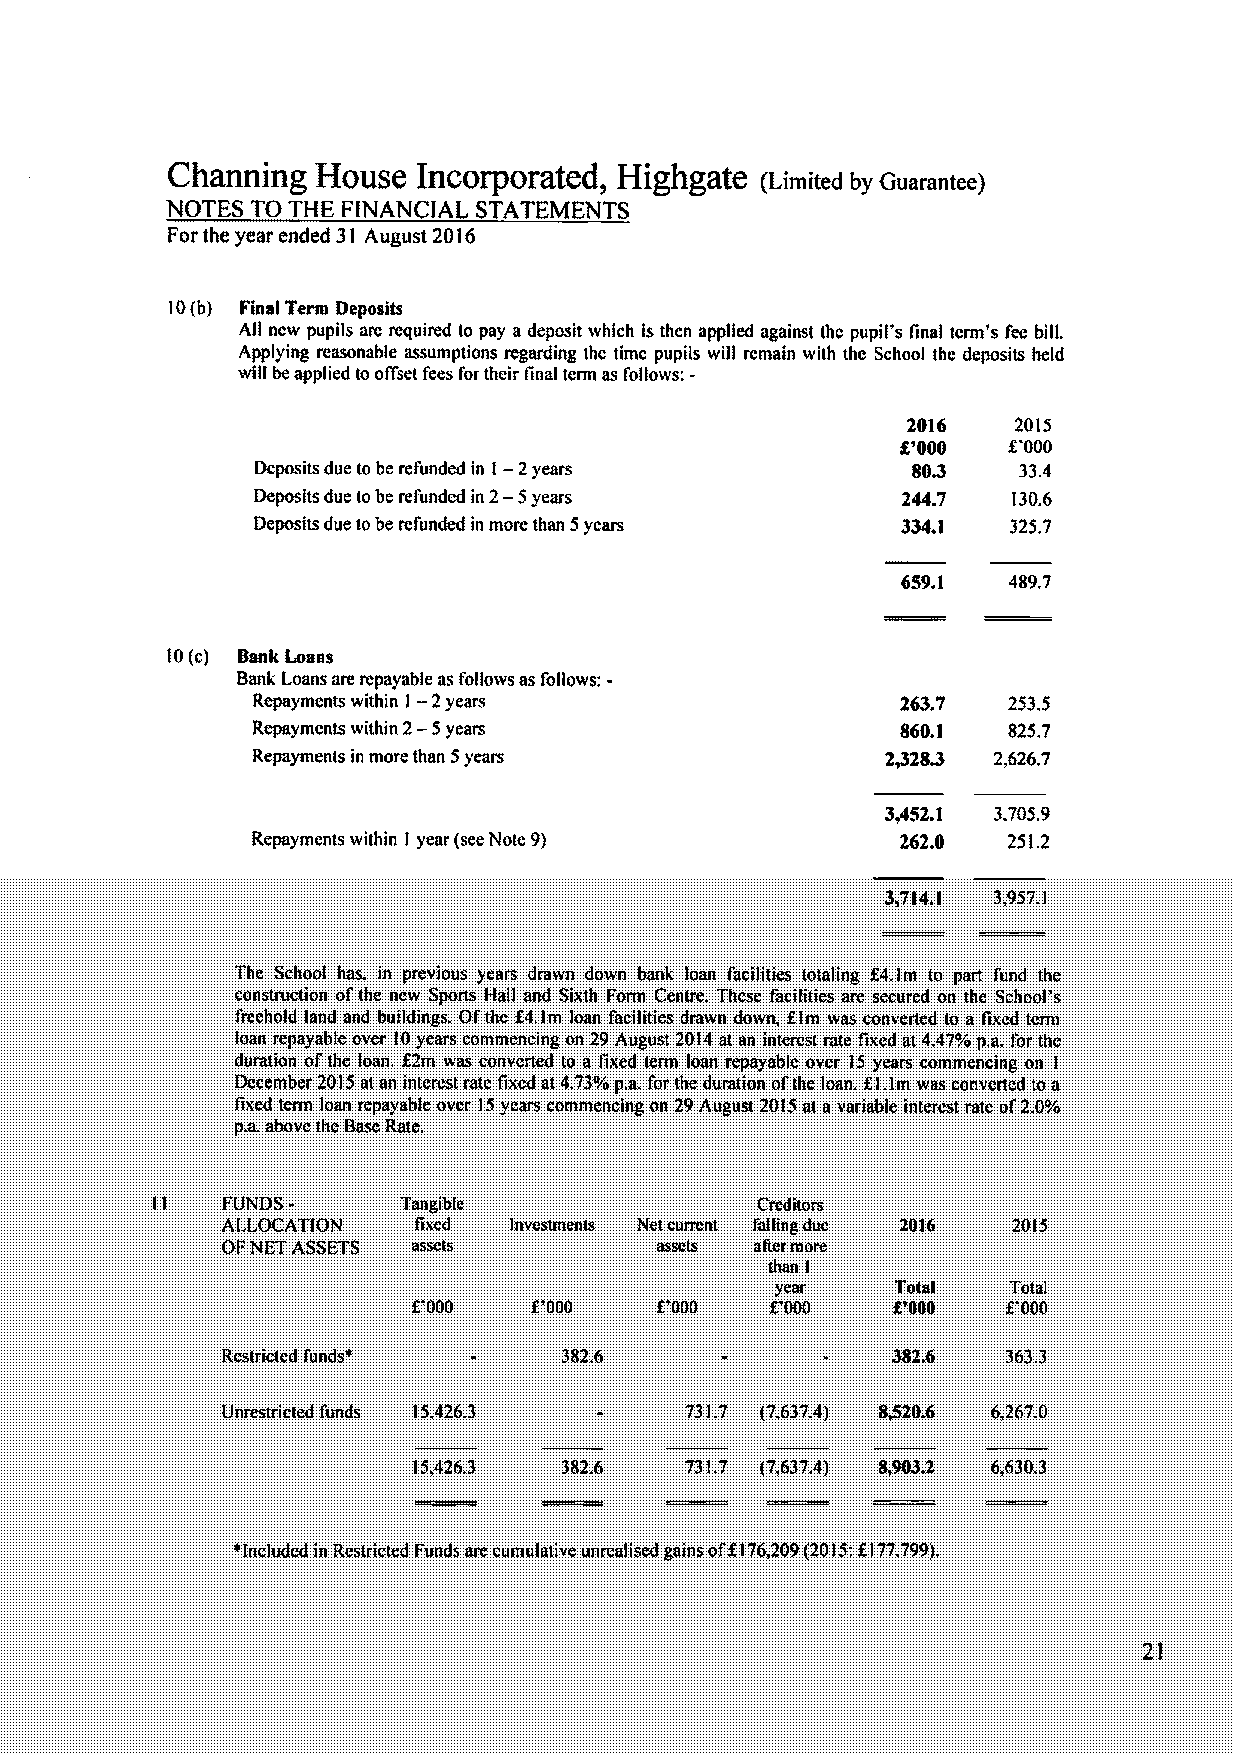
C4almlIlg HOUSC  IIlCOFpOrRtCd, HlgIlgatC (Linttted by Guarantee)
 NOTES TO THE F/NANCIAL STATEMENTS
 Pot' the year ertded 31 August 2Q16
 10{b) Final Term Deposits
 AII new pupils are required to pay a deposit which isthen applied against thc pupil's Anal terra's fee bill.
 Applying reasonable assumptions regarding thc time pupils wIII remain with the School the deposits beld
 wIII beappt ied tooffset fees for their ImaI term asfollows:-
 2Dl6   2015
 g'DDD  C000
 -2
 Deposits due tobe refunded in I years      802    33.4
 2-
 Deposits due tobe refunded in 5years       244.7  130.6
 Deposits due tobe refunded in more than 5years 3343 325,7
 659,t
 10(c) Sank Loans
 Bank Loans are repayable as foHows asfoIIows;-
 -2
 Repayments within I years                  26%7   253,5
 —
 Repayments within 2 5years                 860.1  825,7
 Repayments in more than 5years            2@XL3  2,626.'7
 3+52.1 3.705,9
 Repayments within I year {seeNote 9)       262,0  251.2
 3,7l4. 1 3,95'7,l
 Tbe School has. in previous years drawn down bank loan facilities totaling X4,1m to part fund the
 construction ofthe new Sports Hall and Sixth Form Centre, These facilities are secured on the School's
 freehold land and buildings. Ofthe K4.1m loan facilities drawn down, Elm was converted to a fixed terra
 loan repayable over 10years commencmg on 29August 2014at aa interest rate fixed at 4.47%p,a, for the
 duration ofthe loan, X2m was converted to a fixed term loan repayable over 15 years commencing on I
 December' 2015at an interest rate ftxcd at 4,73%p.a.for the durathm ofthe loan. f,l,lm was converted toa
 fixed term loan repayable over 15years commencing on 29August 2015at a variable interest rate of2IP/o
 p.a,above the BaseRate,
 II   FIJNDS-    Tangible
 ALLOCATION  Axed   Investments Net current
 OFNETASSETS                 assets
 Total   TotaI
 K000    X'000                   g'000   X'000
 382.6                 382.6
 Unrestricted funds 15.426.3   131.7 {'76,37.4) Ikg20.6 6,267.0
 I5,4263   382.6   731.7 {76,37.4) 8,9032 6,630.3
 ~Included in Restricted Funds are cumulative unreaiised gains of1176,209{2015;f177799),